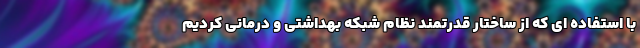
با استفاده ای که از ساختار قدرتمند نظام شبکه بهداشتی و درمانی کردیم